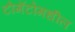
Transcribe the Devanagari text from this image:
टोमॅटोमधील